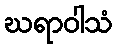
ဃရာဝါသံ